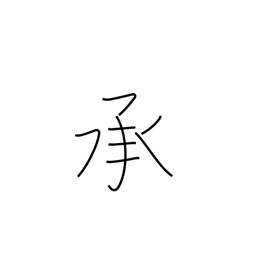
Meaning: acquiesce